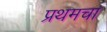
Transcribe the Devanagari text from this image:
प्रथमचा